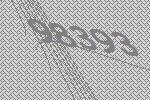
98393